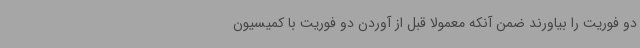
دو فوریت را بیاورند ضمن آنکه معمولا قبل از آوردن دو فوریت با کمیسیون